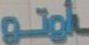
اوتو